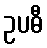
ဥပဓီ